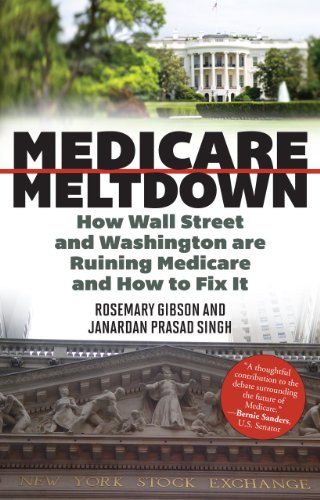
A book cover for Medicare Meltdown: How Wall Street and Washington are Ruining Medicare and How to Fix It; Rosemary Gibson; Medical Books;